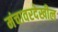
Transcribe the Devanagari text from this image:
मंचावरदेखील